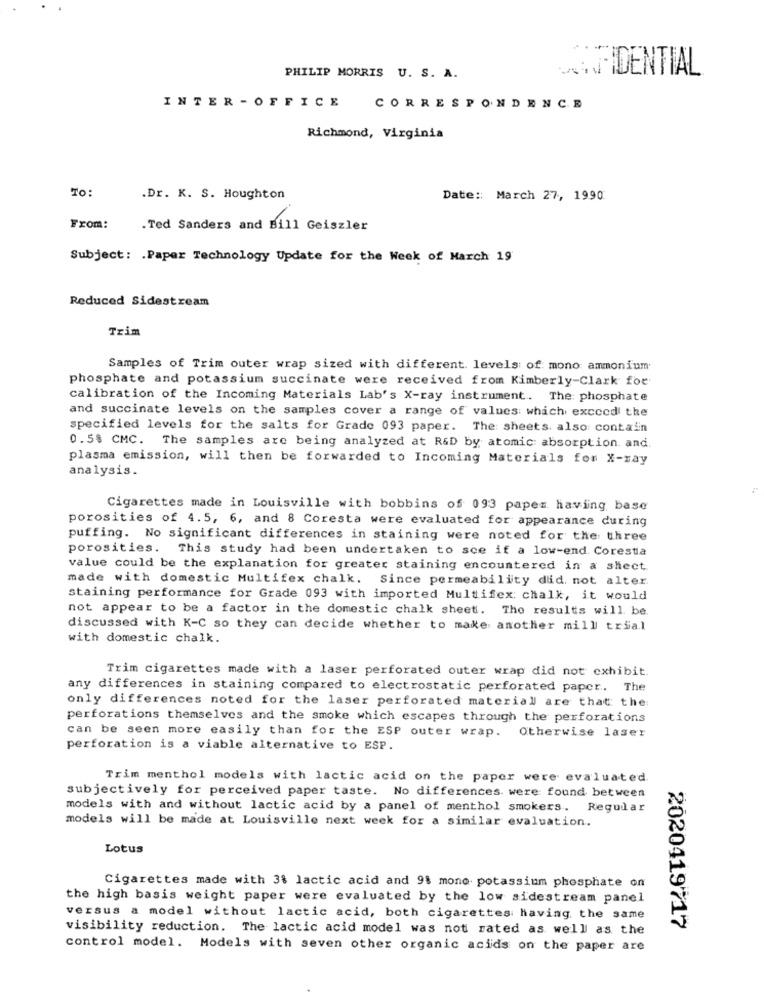
SIDENTIAL
PHILIP MORRIS U. S. A.
INTER - OFFICE
CORRESPONDENCE
Richmond, Virginia
TO:
.Dr. K. S. Houghton
Date: March 27, 1990
From:
. Ted Sanders and Bill Geiszler
Subject: . Paper Technology Update for the Week of March 19
Reduced Sidestream
Trim
Samples of Trim outer wrap sized with different levels of mono ammonium
phosphate and potassium succinate were received from Kimberly-Clark for
calibration of the Incoming Materials Lab's X-ray instrument. The phosphate
and succinate levels on the samples cover a range of values: which exceed the
specified levels for the salts for Grade 093 paper. The: sheets. also contain
0.58 CMC. The samples are being analyzed at R&D by atomic: absorption. and.
plasma emission, will then be forwarded to Incoming Materials for X-ray
analysis.
Cigarettes made in Louisville with bobbins of 093 paper having base
porosities of 4.5, 6, and 8 Coresta were evaluated for appearance during
puffing. No significant differences in staining were noted for the three
porosities. This study had been undertaken to see if a low-end Corestia
value could be the explanation for greater staining encountered in a sheet
made with domestic Multifex chalk. Since permeability did. not alter.
staining performance for Grade 093 with imported Multifex: chalk, it would
not appear to be a factor in the domestic chalk sheet. The results will be
discussed with K-C so they can decide whether to make another mill trial
with domestic chalk.
Trim cigarettes made with a laser perforated outer wrap did not exhibit.
any differences in staining compared to electrostatic perforated paper. The
only differences noted for the laser perforated material are that the
perforations themselves and the smoke which escapes through the perforations
can be seen more easily than for the ESP outer wrap.
Otherwise laser
perforation is a viable alternative to ESP.
Trim menthol models with lactic acid on the paper were evaluated.
subjectively for perceived paper taste. No differences. were found between
models with and without lactic acid by a panel of menthol smokers. Regular
models will be made at Louisville next week for a similar evaluation.
Lotus
Cigarettes made with 3% lactic acid and 9% mono potassium phosphate on
the high basis weight paper were evaluated by the low sidestream panel
versus a model without lactic acid, both cigarettes having the same
visibility reduction. The lactic acid model was not rated as well as the
2020419717
control model. Models with seven other organic acids on the paper are